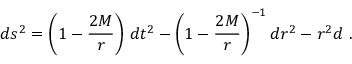
d s ^ { 2 } = \left( 1 - \frac { 2 M } { r } \right) \, d t ^ { 2 } - \left( 1 - \frac { 2 M } { r } \right) ^ { - 1 } d r ^ { 2 } - r ^ { 2 } d \O \ .